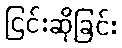
ငြင်းဆိုခြင်း